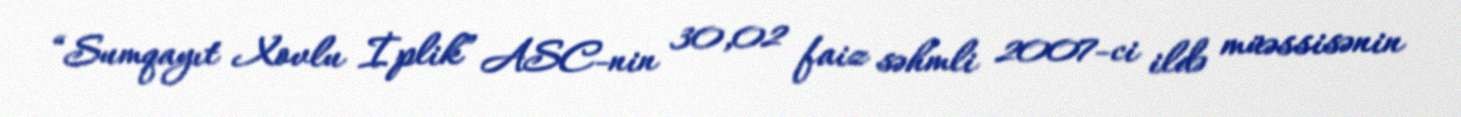
“Sumqayıt Xovlu İplik” ASC-nin 30,02 faiz səhmli 2007-ci ildə müəssisənin